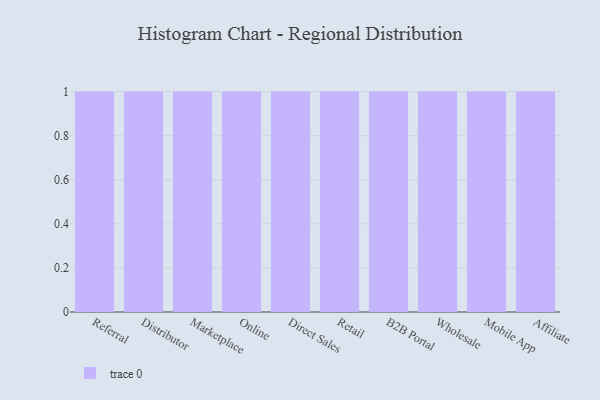
{"axis": {"x": "Channel", "y": "Inventory Turnover"}, "legend": [""], "data": [{"x": "Referral", "y": 83, "type": ""}, {"x": "Distributor", "y": 100, "type": ""}, {"x": "Marketplace", "y": 80, "type": ""}, {"x": "Online", "y": 11, "type": ""}, {"x": "Direct Sales", "y": 94, "type": ""}, {"x": "Retail", "y": 96, "type": ""}, {"x": "B2B Portal", "y": 48, "type": ""}, {"x": "Wholesale", "y": 35, "type": ""}, {"x": "Mobile App", "y": 94, "type": ""}, {"x": "Affiliate", "y": 86, "type": ""}]}